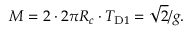
M = 2 \cdot 2 \pi R _ { c } \cdot T _ { \mathrm { D } { 1 } } = \sqrt { 2 } / g .